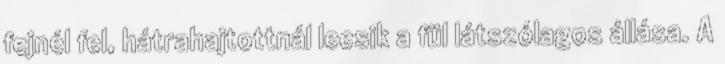
fejnél fel, hátrahajtottnál leesik a fül látszólagos állása. A